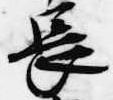
長